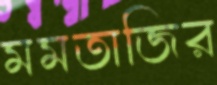
মমতাজির